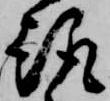
趣